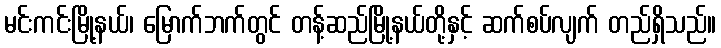
မင်းကင်းမြို့နယ်၊ မြောက်ဘက်တွင် တန့်ဆည်မြို့နယ်တို့နှင့် ဆက်စပ်လျက် တည်ရှိသည်။